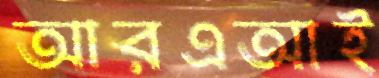
আরএআই